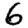
Digit: 6